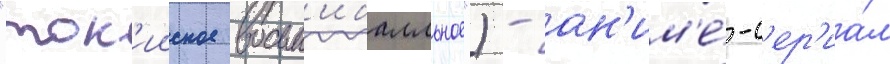
"ток'ииское восьм'ибалльное") - ан'им'е́-с'ер'иа́л